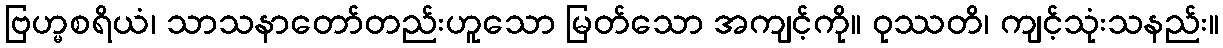
ဗြဟ္မစရိယံ၊ သာသနာတော်တည်းဟူသော မြတ်သော အကျင့်ကို။ ဝုဿတိ၊ ကျင့်သုံးသနည်း။